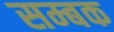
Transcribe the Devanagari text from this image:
सम्बक